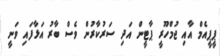
ޕީޕީއެމް އާއި ޖުމްހޫރީ ޕާޓީން އަދި ސަރުކާރުން ވެސް ބާރު އަޅާފައި ވަނީ